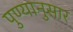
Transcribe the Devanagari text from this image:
पुण्यानुसार